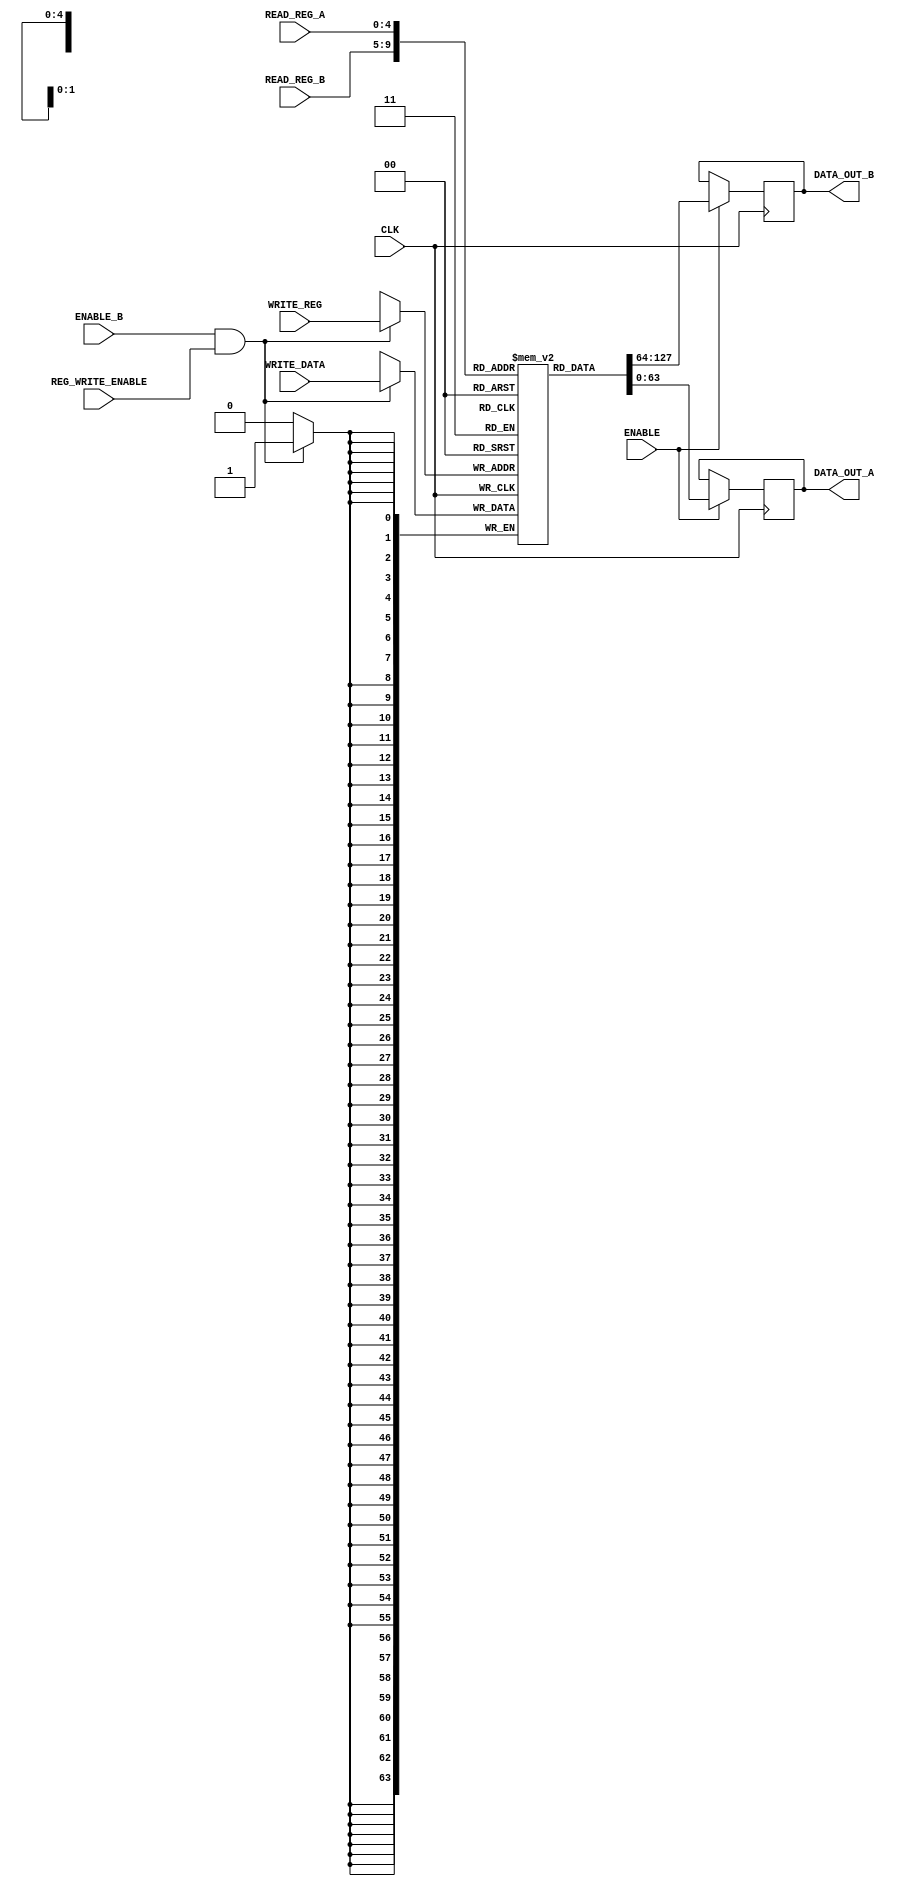
`timescale 1ns / 1ps
//////////////////////////////////////////////////////////////////////////////////
// Company: 
// Engineer: 
// 
// Design Name: 
// Module Name: REG_MEM
// Project Name: 
// Target Devices: 
// Tool Versions: 
// Description: 
// 
// Dependencies: 
// 
// Revision:
// Revision 0.01 - File Created
// Additional Comments:
// 
//////////////////////////////////////////////////////////////////////////////////

/*

    Module containg each of the 32 registers and read/write enables

*/
module REG_MEM(
        input CLK,                  // System clock
        input ENABLE,               // enable
        input ENABLE_B,             // writeback enabler
        input  [4:0] READ_REG_A,    // read from registser A
        input  [4:0] READ_REG_B,    // read from register b
        input  [4:0] WRITE_REG,     // write WRITE_DATA to this register (if regwrite enabled)
        input  [63:0] WRITE_DATA,   // Data to write to register
        input  REG_WRITE_ENABLE,    // enable for writing to register
        output reg [63:0] DATA_OUT_A,   // data read from register input a
        output reg [63:0] DATA_OUT_B    // data read from register input b
    );
    
        reg [63:0] REGISTER [31:0];      // 32 general prupose registers holding 64 bits each
        always @ (posedge CLK) begin
            if (ENABLE) begin          
                DATA_OUT_B <= REGISTER[READ_REG_B];
                DATA_OUT_A <= REGISTER[READ_REG_A];
            end
            // writeback enabling
            if (ENABLE_B & REG_WRITE_ENABLE) begin
                REGISTER[WRITE_REG] <= WRITE_DATA;
            end 
        end
        
        // lets give some registers initial values
        initial begin
            REGISTER[0] = 'h0000;
            REGISTER[1] = 'h0005;
            REGISTER[2] = 'h0005;
            REGISTER[3] = 'hFFFF;
            REGISTER[4] = 'h0001;
            REGISTER[5] = 'h0000;
        end
endmodule